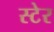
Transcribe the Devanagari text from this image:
स्टेर